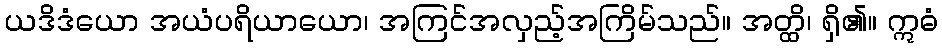
ယဒိဒံယော အယံပရိယာယော၊ အကြင်အလှည့်အကြိမ်သည်။ အတ္ထိ၊ ရှိ၏။ ဣဓံ